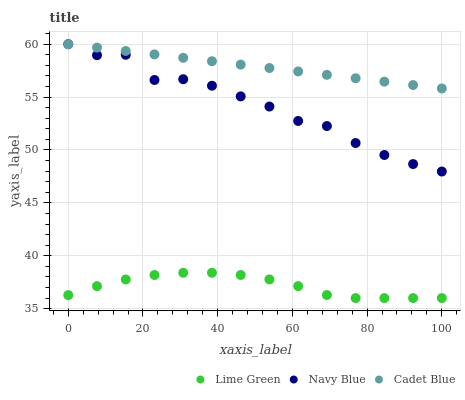
| xaxis_label | Lime Green | Navy Blue | Cadet Blue |
 | --- | --- | --- | --- |
 | 0 | 36.3 | 60 | 60 |
 | 7.69 | 37.1 | 59 | 59.7 |
 | 15.4 | 37.8 | 59 | 59.4 |
 | 23.1 | 38.2 | 56.6 | 59 |
 | 30.8 | 38.4 | 56.7 | 58.7 |
 | 38.5 | 38.4 | 56.1 | 58.4 |
 | 46.2 | 38.2 | 55.1 | 58.1 |
 | 53.8 | 37.8 | 54.1 | 57.7 |
 | 61.5 | 37.1 | 52.7 | 57.4 |
 | 69.2 | 36.3 | 52.3 | 57.1 |
 | 76.9 | 36 | 50.7 | 56.8 |
 | 84.6 | 36 | 49.5 | 56.5 |
 | 92.3 | 36 | 48.7 | 56.1 |
 | 100 | 36 | 48 | 55.8 |